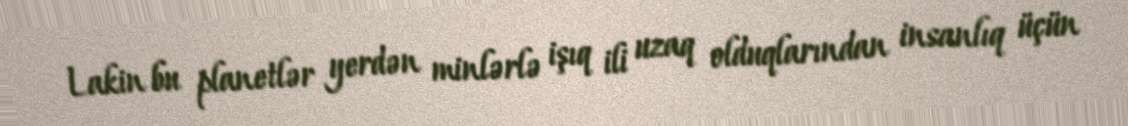
Lakin bu planetlər yerdən minlərlə işıq ili uzaq olduqlarından insanlıq üçün